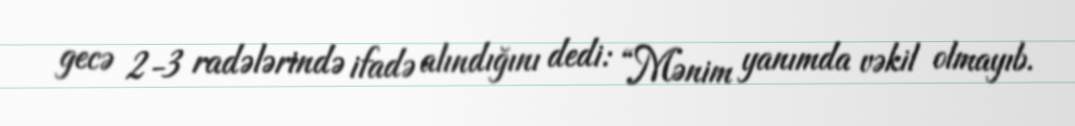
gecə 2-3 radələrində ifadə alındığını dedi: “Mənim yanımda vəkil olmayıb.